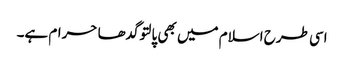
اسی طرح اسلام میں بھی پالتو گدھا حرام ہے۔